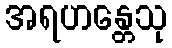
အရဟန္တေသု